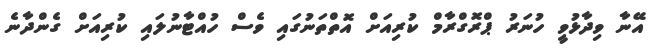
އޭނާ ވިދާޅުވީ ހުނަރު ޕްރޮގްރާމް ކުރިއަށް އޮތްތަނުގައި ވެސް ހުއްޓާނުލައި ކުރިއަށް ގެންދާނެ